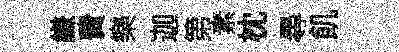
縑費樂迦第素枕尋飢